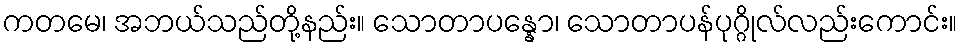
ကတမေ၊ အဘယ်သည်တို့နည်း။ သောတာပန္နော၊ သောတာပန်ပုဂ္ဂိုလ်လည်းကောင်း။